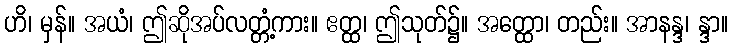
ဟိ၊ မှန်။ အယံ၊ ဤဆိုအပ်လတ္တံ့ကား။ ဧတ္ထ၊ ဤသုတ်၌။ အတ္ထော၊ တည်း။ အာနန္ဒ၊ န္ဒာ။